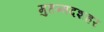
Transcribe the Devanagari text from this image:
मुहम्मदशहर